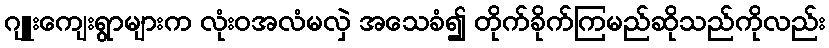
ဂျူးကျေးရွာများက လုံးဝအလံမလှဲ အသေခံ၍ တိုက်ခိုက်ကြမည်ဆိုသည်ကိုလည်း